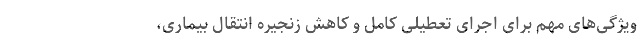
ویژگی‌های مهم برای اجرای تعطیلی کامل و کاهش زنجیره انتقال بیماری،